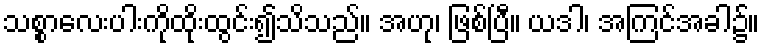
သစ္စာလေးပါးကိုထိုးထွင်း၍သိသည်။ အဟု၊ ဖြစ်ပြီ။ ယဒါ၊ အကြင်အခါ၌။